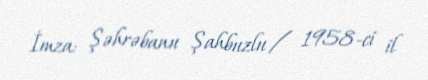
İmza: Şəhrəbanu Şahbuzlu / 1958-ci il